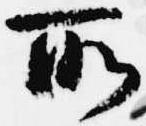
所